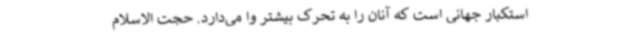
استکبار جهانی است که آنان را به تحرک بیشتر وا می‌دارد. حجت الاسلام